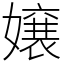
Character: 嬢